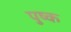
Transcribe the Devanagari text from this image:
पुष्क